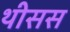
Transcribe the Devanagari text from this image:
थीसस